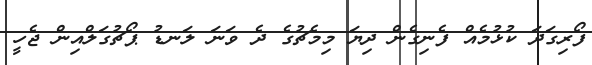
ފޯރިގަދަ ކުޅުމެއް ފެނިގެން ދިޔަ މިމެޗުގެ ދެ ވަނަ ލަނޑު ޕޯޗުގަލްއިން ޖެހީ